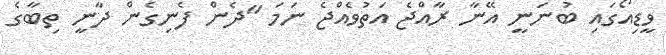
ވީޑިއޯގައި ބުނަނީ އޭނާ ރާއްޖެ އަތުވެއްޖެ ނަމަ "ދެން ފެނިގެން ދާނީ ތިބާގެ